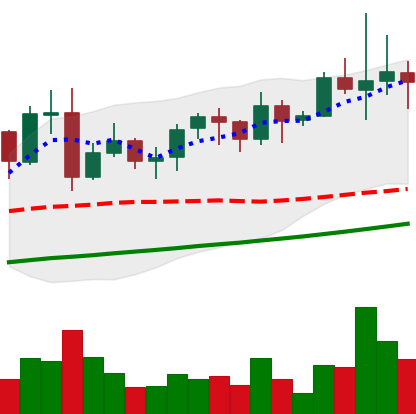
Ticker: LINK-USD
Chart end date: 2021-11-12
Forward return: -14.803%
Label: down_7plus